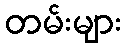
တမ်းများ